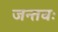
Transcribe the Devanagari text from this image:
जन्तवः